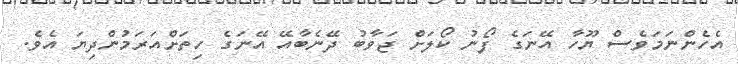
އެހެންނަމަވެސް ޔޫހާ އޭނަގެ ފޯނު ކޯލަށް ޖަވާބު ދޭނެބާއޭ އޭނަގެ ހިތަށްއަރަމުންދިޔަ އެވެ.